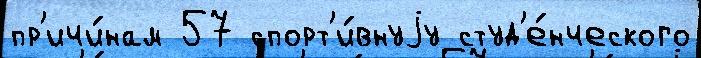
пр'ичи́нам 57 спорт'и́внуjу студ'е́нческого